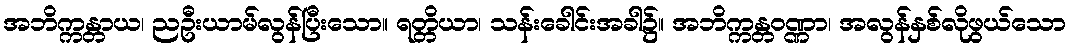
အဘိက္ကန္တာယ၊ ညဦးယာမ်လွန်ပြီးသော။ ရတ္တိယာ၊ သန်းခေါင်းအခါ၌။ အဘိက္ကန္တဝဏ္ဏာ၊ အလွန်နှစ်လိုဖွယ်သော